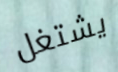
يشتغل